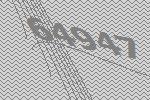
64947